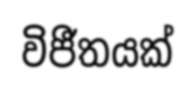
විජීතයක්